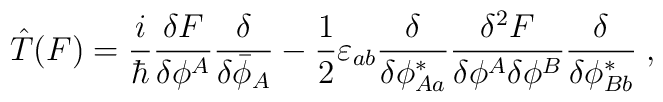
\hat{T}(F)=\frac{i}{\hbar}\frac{\delta F}{\delta\phi^A} \frac{\delta}{\delta\bar{\phi}_A}-\frac{1}{2}\varepsilon_{ab} \frac{\delta}{\delta\phi^*_{Aa}}\frac{\delta^2F}{\delta\phi^A \delta\phi^B}\frac{\delta}{\delta\phi^*_{Bb}}\;,